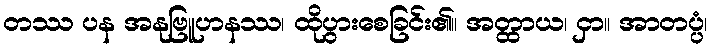
တဿ ပန အနုဗြူဟနဿ၊ ထိုပွားစေခြင်း၏။ အတ္ထာယ၊ ငှာ။ အာတပ္ပံ၊